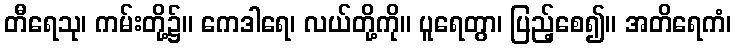
တီရေသု၊ ကမ်းတို့၌။ ကေဒါရေ၊ လယ်တို့ကို။ ပူရေတွာ၊ ပြည့်စေ၍။ အတိရေကံ၊